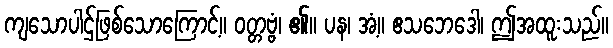
ကျသောပါဌ်ဖြစ်သောကြောင့်။ ဝတ္တဗ္ဗံ၊ ၏။ ပန၊ အံ့။ ဧသဘေဒေါ၊ ဤအထူးသည်။